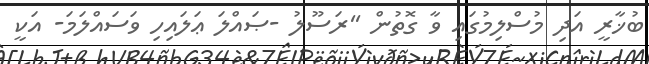
ބުޚާރީ އަދި މުސްލިމުގައި ވާ ގޮތުން ''ރަސޫލު -ޞައްލަ ޢަލައިހި ވަސައްލަމަ- އަކީ